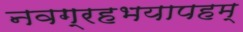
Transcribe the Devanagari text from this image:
नवग्रहभयापहम्